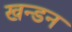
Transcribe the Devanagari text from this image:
खन्डन